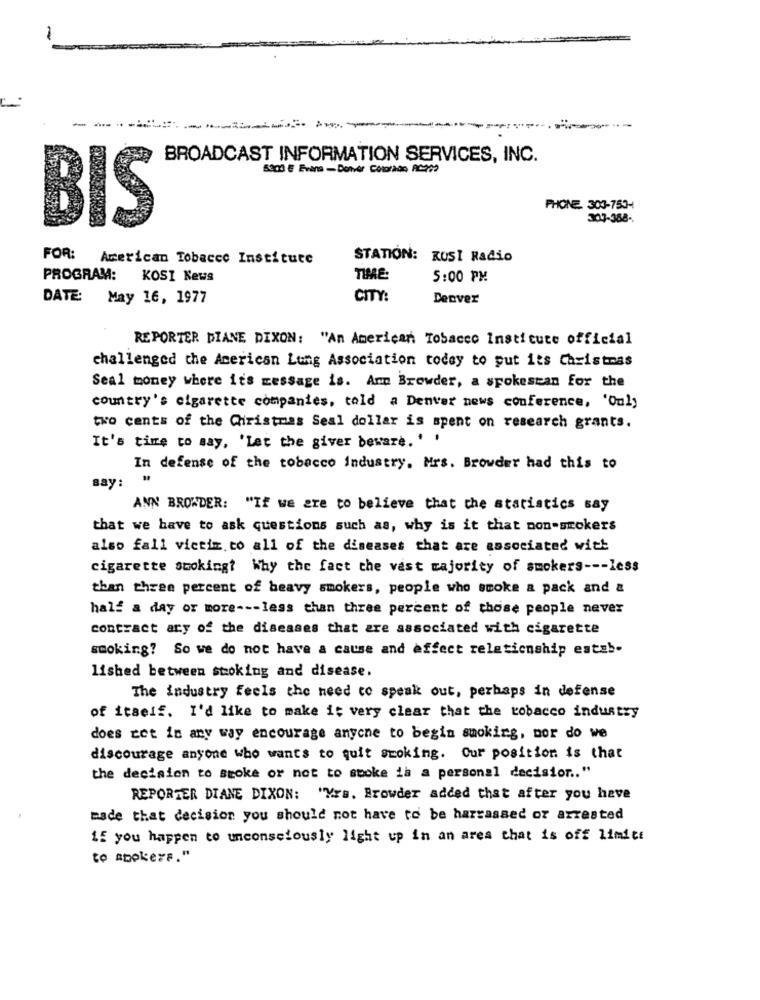
BROADCAST INFORMATION SERVICES, INC.
5303 E Evans - Denver Colorado AC2 ??
PHONE. 303-753-
BIS
303-388-
FOR:
American Tobacco Institute
STATION: KUSI Radio
PROGRAM:
KOSI News
TIME:
5:00 PM
DATE: May 16, 1977
CITY:
Denver
REPORTER DIANE DIXON: "An American Tobacco Institute official
challenged the American Lung Association today to put its Christmas
Seal money where it's message is. Ann Browder, a spokesman for the
country's cigarette companies, told a Denver news conference, 'Only
two cents of the Ciristmas Seal dollar is spent on research grants.
It's time to say, 'Let the giver beware. '
In defense of the tobacco Industry. Mrs. Browder had this to
Bay:
ANN BROWDER: "If we are to believe that the statistics say
that we have to ask questions such as, why is it that non-smokers
also fall victim to all of the diseases that are associated with
cigarette smoking? Why the fact the vast majority of smokers --- less
than three percent of heavy smokers, people who smoke a pack and &
half a day or more --- less than three percent of those people never
contract any of the diseases that are associated with cigarette
smoking? So we do not have a cause and effect relationship estab-
lished between stoking and disease.
The industry feels the need to speak out, perhaps in defense
of itself. I'd like to make it very clear that the tobacco industry
does cet in any way encourage anyone to begin smoking, mor do we
discourage anyone who wants to quit smoking. Cur position is that
the decision to smoke or not to spoke ia a personal decision .. "
REPORTER DIANE DIXON: "Yrs. Browder added that after you have
made that decision you should not have to be harrassed or arrested
if you happen to unconsciously light up in an area that is off limits
to apokers."